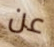
عن